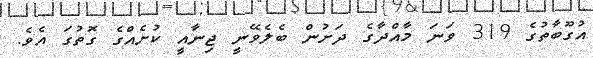
އުގޫބާތުގެ 319 ވަނަ މާއްދާގެ ދަށުން ބެލެވޭނީ ޖިނާއީ ކުށެއްގެ ގޮތުގަ އެވެ.